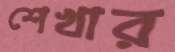
শেখার